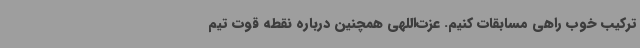
ترکیب خوب راهی مسابقات کنیم. عزت‌اللهی همچنین درباره نقطه قوت تیم